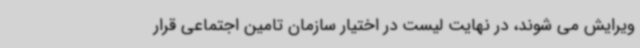
ویرایش می شوند، در نهایت لیست در اختیار سازمان تامین اجتماعی قرار